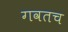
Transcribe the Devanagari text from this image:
गवतच